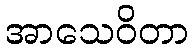
အာသေဝိတာ